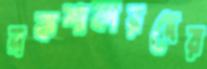
নকশাকারদের